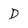
Character: D